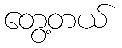
တွေ့တယ်